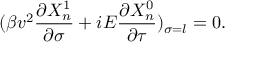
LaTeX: ( \beta v ^ { 2 } \frac { \partial X _ { n } ^ { 1 } } { \partial \sigma } + i E \frac { \partial X _ { n } ^ { 0 } } { \partial \tau } ) _ { \sigma = l } = 0 .